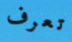
تعرف